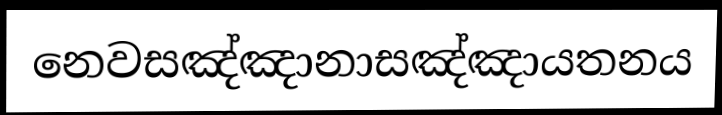
නෙවසඤ්ඤානාසඤ්ඤායතනය